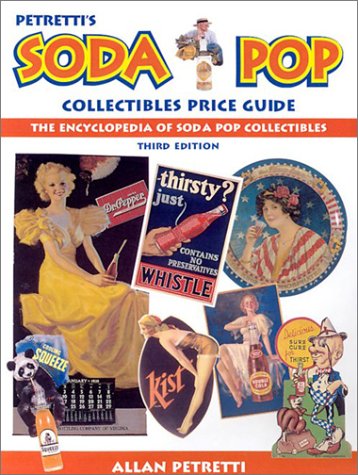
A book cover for Petretti's Soda Pop Collectibles Price Guide; Allan Petretti; Humor & Entertainment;